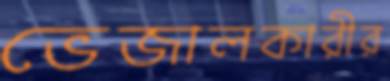
ভেজালকারীর